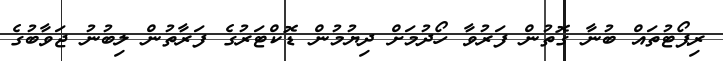
ރިޕޯޓުތައް ބުނާ ގޮތުން ފަރުވާ ހޯދުމަށް ދިޔުމުން ޑޮކްޓަރުގެ ފަރާތުން ލިބުނު ޖަވާބުގެ